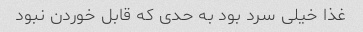
غذا خیلی سرد بود به حدی که قابل خوردن نبود